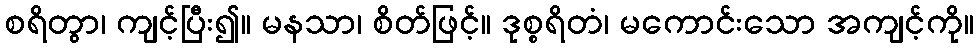
စရိတွာ၊ ကျင့်ပြီး၍။ မနသာ၊ စိတ်ဖြင့်။ ဒုစ္စရိတံ၊ မကောင်းသော အကျင့်ကို။